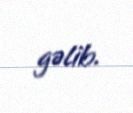
gəlib.